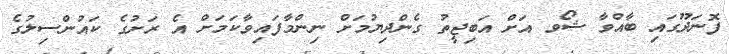
ފޮނަދޫގައި ބާއްވާ ޝޯވ އަށް އަބިޖީތު ގެންދިޔުމަށް ނިންމާފައިވާކަމަށް އެ ރަށުގެ ކައުންސިލުގެ